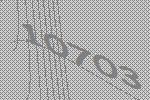
10703